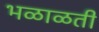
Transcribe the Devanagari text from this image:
भळाळती